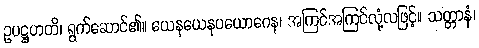
ဥပဋ္ဌဟတိ၊ ရွက်ဆောင်၏။ ယေနယေနပယောဂေန၊ အကြင်အကြင်လုံ့လဖြင့်။ သတ္တာနံ၊